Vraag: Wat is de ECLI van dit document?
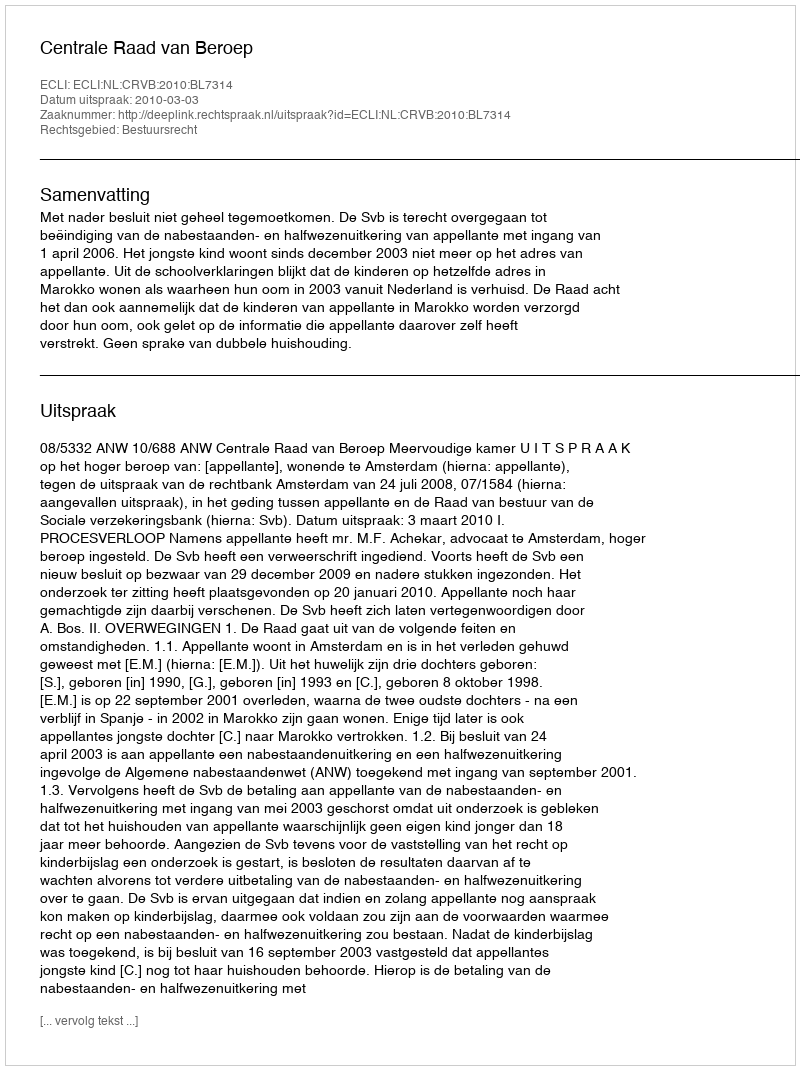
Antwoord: ECLI:NL:CRVB:2010:BL7314